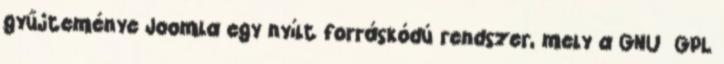
gyűjteménye Joomla egy nyílt forráskódú rendszer, mely a GNU GPL